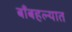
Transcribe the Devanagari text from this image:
बाँबहल्यात